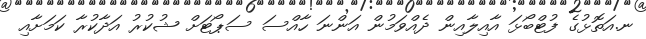
ނ.އަތޮޅުގެ ފުޓްބޯޅަ އާއިލާއިން ދެއްވަމުން އަންނަ ހާއްސަ ސަޕޯޓަށް ޝުކުރު އަދާކުރާ ކަމަށާއި